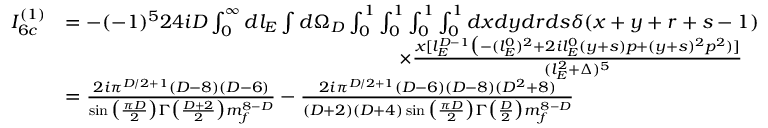
\begin{array} { r l } { I _ { 6 c } ^ { ( 1 ) } } & { = - ( - 1 ) ^ { 5 } 2 4 i D \int _ { 0 } ^ { \infty } d l _ { E } \int d \Omega _ { D } \int _ { 0 } ^ { 1 } \int _ { 0 } ^ { 1 } \int _ { 0 } ^ { 1 } \int _ { 0 } ^ { 1 } d x d y d r d s \delta ( x + y + r + s - 1 ) } \\ & { \quad \quad \quad \quad \quad \quad \quad \quad \quad \quad \quad \quad \quad \quad \quad \quad \quad \times \frac { x [ l _ { E } ^ { D - 1 } \big ( - ( l _ { E } ^ { 0 } ) ^ { 2 } + 2 i l _ { E } ^ { 0 } ( y + s ) p + ( y + s ) ^ { 2 } p ^ { 2 } ) ] } { ( l _ { E } ^ { 2 } + \Delta ) ^ { 5 } } } \\ & { = \frac { 2 i \pi ^ { D / 2 + 1 } ( D - 8 ) ( D - 6 ) } { \sin \big ( \frac { \pi D } { 2 } \big ) \Gamma \big ( \frac { D + 2 } { 2 } \big ) m _ { f } ^ { 8 - D } } - \frac { 2 i \pi ^ { D / 2 + 1 } ( D - 6 ) ( D - 8 ) ( D ^ { 2 } + 8 ) } { ( D + 2 ) ( D + 4 ) \sin \big ( \frac { \pi D } { 2 } \big ) \Gamma \big ( \frac { D } { 2 } \big ) m _ { f } ^ { 8 - D } } } \end{array}